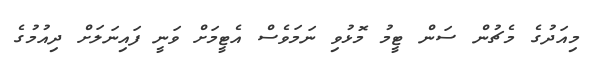
މިއަދުގެ މެޗުން ސަން ޓީމު މޮޅުވި ނަމަވެސް އެޓީމަށް ވަނީ ފައިނަލަށް ދިއުމުގެ